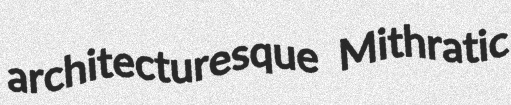
architecturesque Mithratic